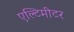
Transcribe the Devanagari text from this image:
एल्टिमीटर